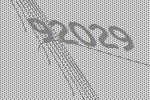
92029